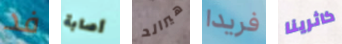
فد أصابة هيرالد فريدا كاثرينا